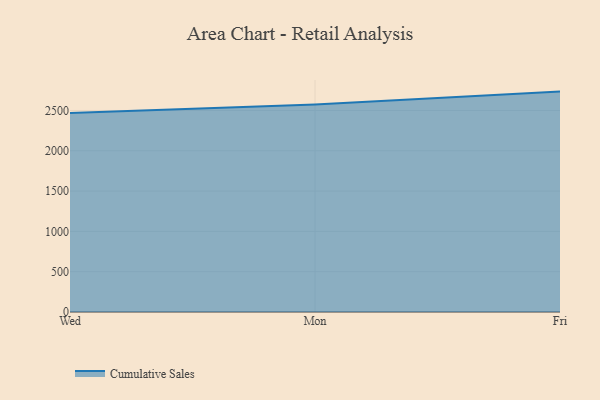
{"axis": {"x": "Day", "y": "Temperature (°C)"}, "legend": ["Cumulative Sales"], "data": [{"x": "Wed", "y": 2467.5, "type": "Cumulative Sales"}, {"x": "Mon", "y": 2575.4, "type": "Cumulative Sales"}, {"x": "Fri", "y": 2734.2, "type": "Cumulative Sales"}]}